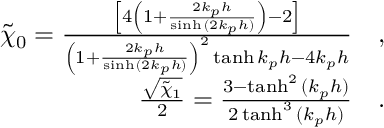
\begin{array} { r } { \tilde { \chi } _ { 0 } = \frac { \left[ 4 \left( 1 + \frac { 2 k _ { p } h } { \sinh { ( 2 k _ { p } h ) } } \right) - 2 \right] } { \left( 1 + \frac { 2 k _ { p } h } { \sinh { ( 2 k _ { p } h ) } } \right) ^ { 2 } \operatorname { t a n h } { k _ { p } h } - 4 k _ { p } h } \quad , } \\ { \frac { \sqrt { \tilde { \chi } _ { 1 } } } { 2 } = \frac { 3 - \operatorname { t a n h } ^ { 2 } { ( k _ { p } h ) } } { 2 \operatorname { t a n h } ^ { 3 } { ( k _ { p } h ) } } \quad . } \end{array}